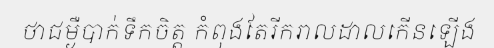
ថាជម្ងឺបាក់ទឹកចិត្ត កំពុងតែរីករាលដាលកើនឡើង